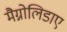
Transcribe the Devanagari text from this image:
मैग्नोलिडाए